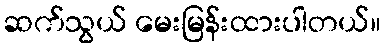
ဆက်သွယ် မေးမြန်းထားပါတယ်။